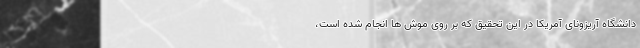
دانشگاه آریزونای آمریکا در این تحقیق که بر روی موش ها انجام شده است،